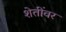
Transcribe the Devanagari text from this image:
शेतींवर